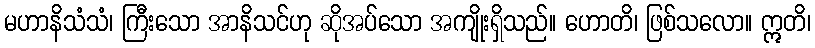
မဟာနိသံသံ၊ ကြီးသော အာနိသင်ဟု ဆိုအပ်သော အကျိုးရှိသည်။ ဟောတိ၊ ဖြစ်သလော။ ဣတိ၊